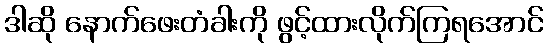
ဒါဆို နောက်ဖေးတံခါးကို ဖွင့်ထားလိုက်ကြရအောင်